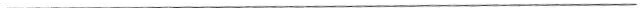
___